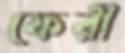
ফেরী